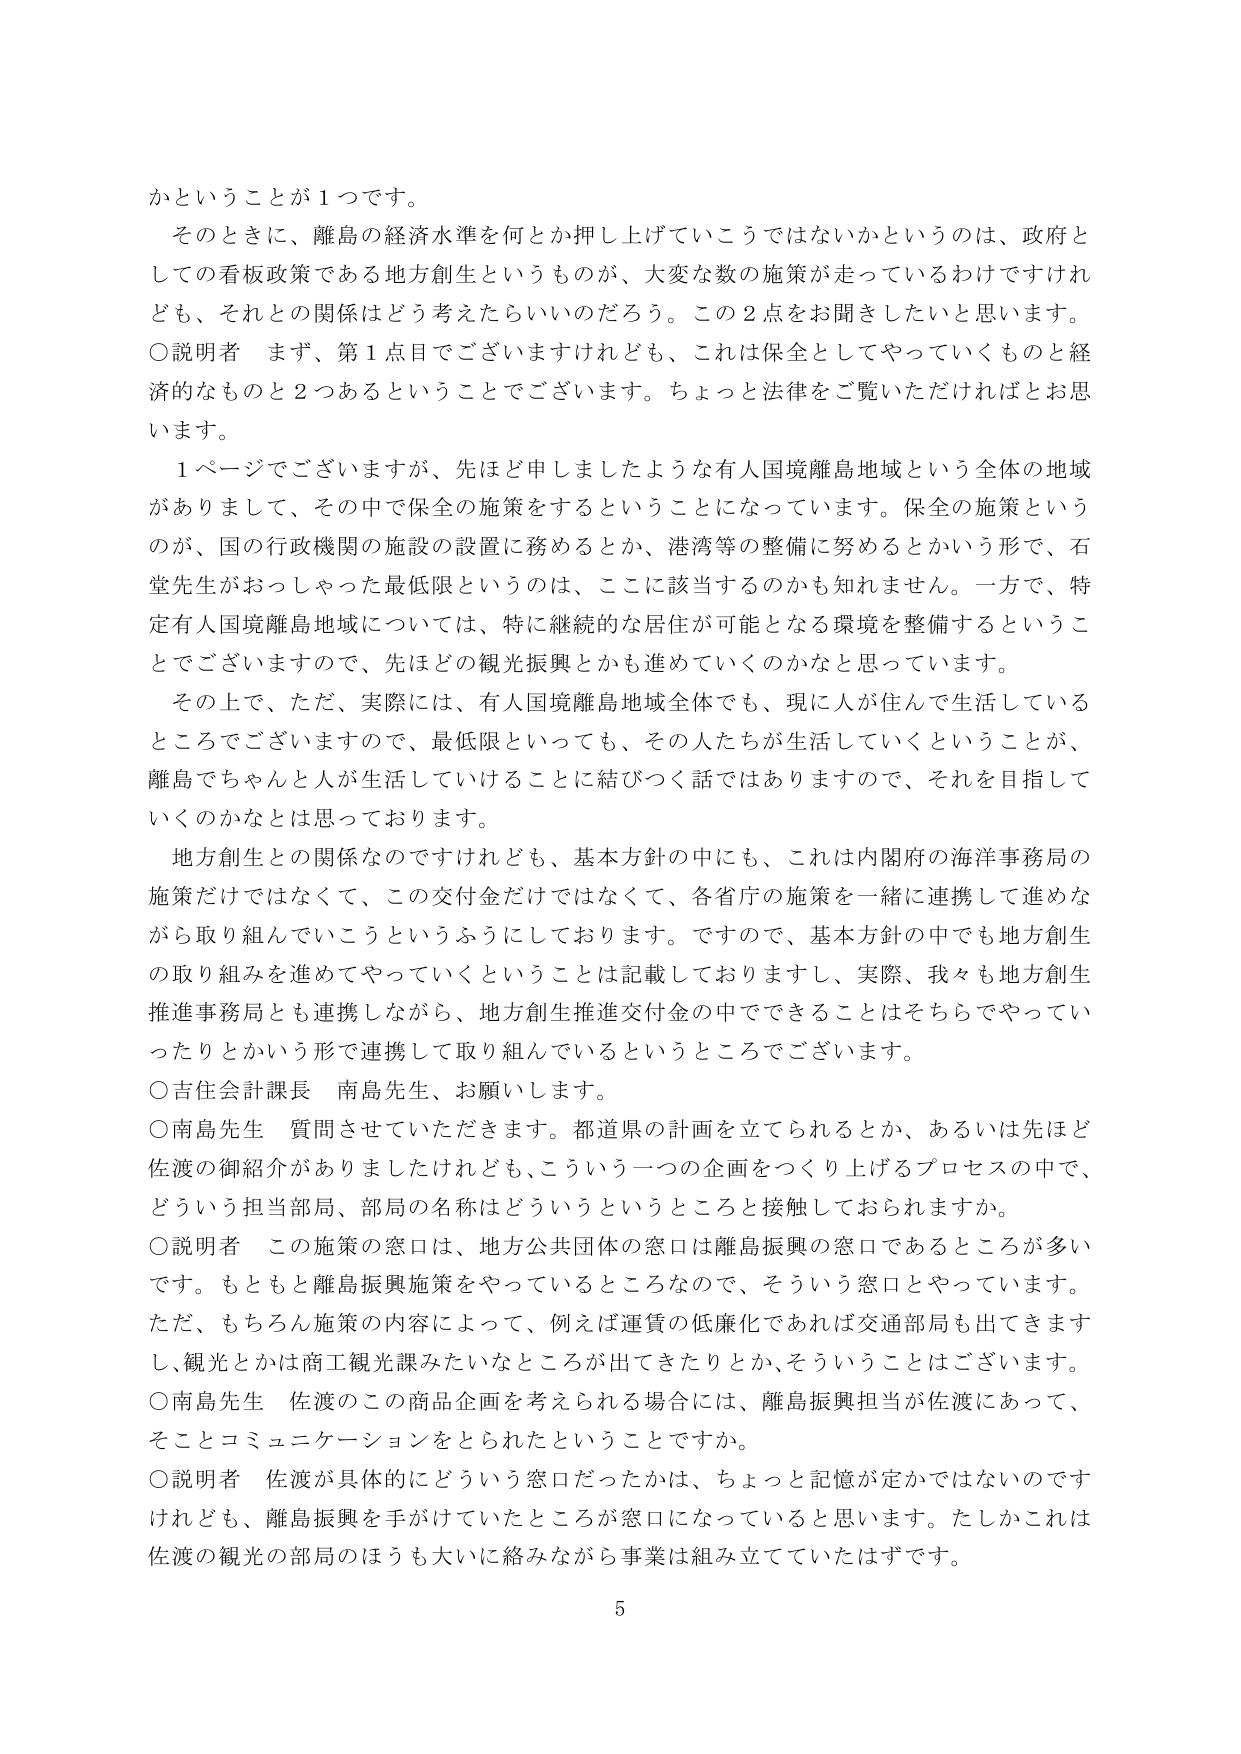
かということが１つです。

そのときに、離島の経済水準を何とか押し上げていこうではないかというのは、政府としての看板政策である地方創生というものが、大変な数の施策が走っているわけですけれども、それとの関係はどう考えたらいいのだろう。この２点をお聞きしたいと思います。

〇説明者　まず、第１点目でございますけれども、これは保全としてやっていくものと経済的なものと２つあるということでございます。ちょっと法律をご覧いただければと思います。

１ページでございますが、先ほど申しましたような有人国境離島地域という全体の地域がありまして、その中で保全の施策をするということになっています。保全の施策というのが、国の行政機関の施設の設置に務めるとか、港湾等の整備に努めるとかいう形で、石堂先生がおっしゃった最低限というのは、ここに該当するのかも知れません。一方で、特定有人国境離島地域については、特に継続的な居住が可能となる環境を整備するということでございますので、先ほどの観光振興とかも進めていくのかなと思っています。

その上で、ただ、実際には、有人国境離島地域全体でも、現に人が住んで生活しているところでございますので、最低限といっても、その人たちが生活していくということが、離島でちゃんと人が生活していけることに結びつく話ではありますので、それを目指していくのかなとは思っております。

地方創生との関係なのですが、基本方針の中にも、これは内閣府の海洋事務局の施策だけではなくて、この交付金だけではなくて、各省庁の施策を一緒に連携して進めるから取り組んでいこうというふうにしております。ですので、基本方針の中でも地方創生の取り組みを進めてやっていくということは記載しておりますし、実際、我々も地方創生推進事務局とも連携しながら、地方創生推進交付金の中でできることはそちらでやっていったりとかいう形で連携して取り組んでいるというところでございます。

〇吉住会計課長　南島先生、お願いします。

〇南島先生　質問させていただきます。都道県の計画を立てられるとか、あるいは先ほど佐渡の御紹介がありましたけれども、こういう一つの企画をつくり上げるプロセスの中で、どういう担当部局、部局の名称はどういうというところと接触しておられますか。

〇説明者　この施策の窓口は、地方公共団体の窓口は離島振興の窓口であるところが多いです。もともと離島振興施策をやっているところなので、そういう窓口とやっています。ただ、もちろん施策の内容によって、例えば運賃の低廉化であれば交通部局も出てきますし、観光とかは商工観光課みたいなところが出てきたりとか、そういうことはございます。

〇南島先生　佐渡のこの商品企画を考えられる場合には、離島振興担当が佐渡にあって、そことコミュニケーションをとられたということですか。

〇説明者　佐渡が具体的にどういう窓口だったかは、ちょっと記憶が定かではないのですけれども、離島振興を手がけていたところが窓口になっていると思います。たしかこれは佐渡の観光の部局のほうも大いに絡みながら事業は組み立てていたはずです。

5